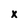
Character: x